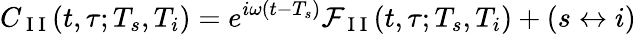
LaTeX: C_{\mathrm{~I~I~}}(t,\tau;T_{s},T_{i})=e^{i\omega(t-T_{s})}{\cal F}_{\mathrm{~I~I~}}(t,\tau;T_{s},T_{i})+(s\leftrightarrow i)